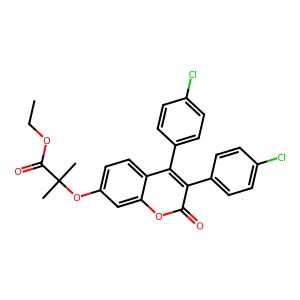
SMILES: CCOC(=O)C(C)(C)Oc1ccc2c(-c3ccc(Cl)cc3)c(-c3ccc(Cl)cc3)c(=O)oc2c1
Inhibits HIV replication: No